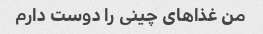
من غذاهای چینی را دوست دارم